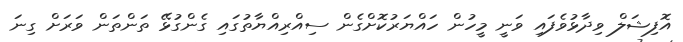
އޮފިޝަލް ވިދާޅުވެފައި ވަނީ މީހުން ހައްޔަރުކޮށްގެން ސިއްރިއްޔާތުގައި ގެންގުޅޭ ތަންތަން ވަރަށް ގިނަ